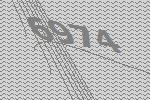
6974